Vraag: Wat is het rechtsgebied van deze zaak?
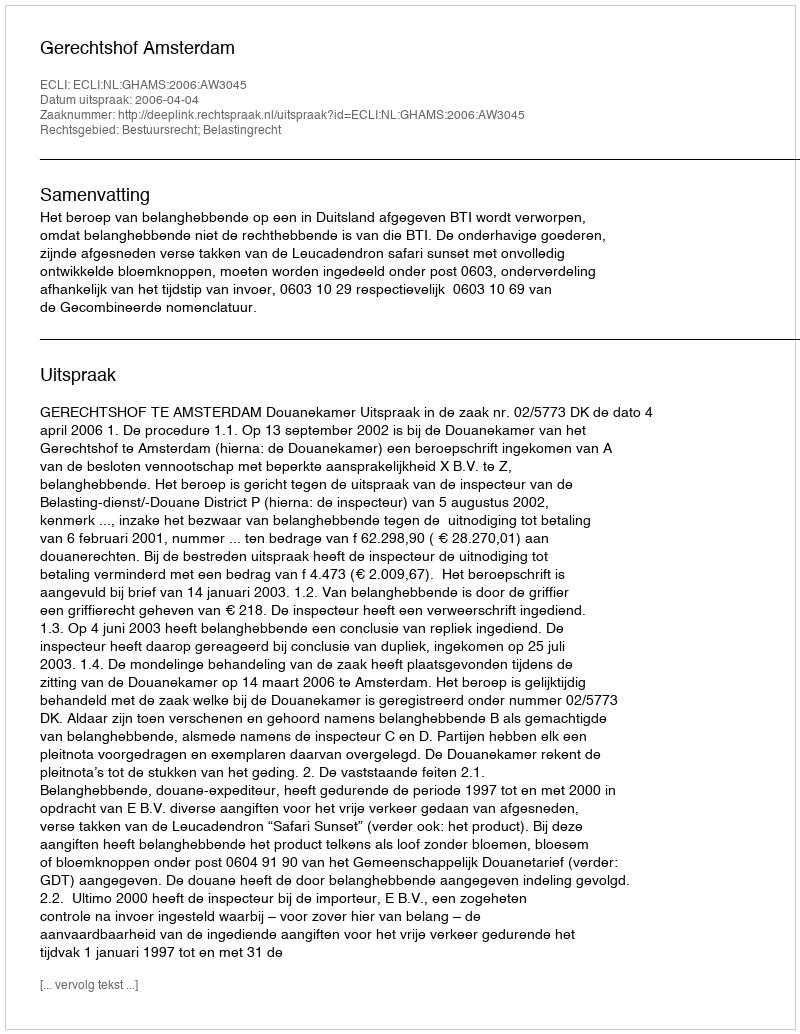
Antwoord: Bestuursrecht; Belastingrecht